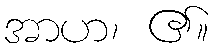
အာဟ၊ ၏။